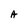
Character: A